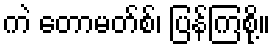
ကဲ တောမတ်စ်၊ ပြန်ကြစို့။